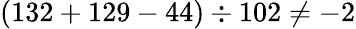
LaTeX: (132+129-44)\div 102\neq-2